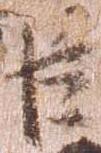
臣